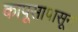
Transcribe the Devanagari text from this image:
कापूसापासून